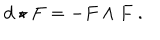
d \star F = - F \wedge F \ .